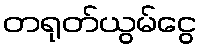
တရုတ်ယွမ်ငွေ